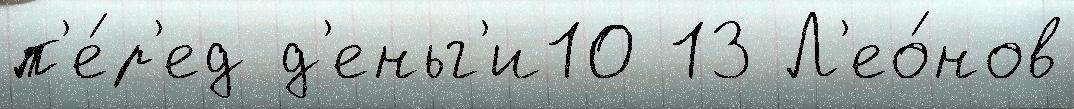
п'е́р'ед д'еньг'и10 13 Л'ео́нов